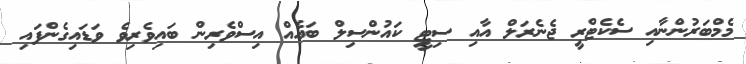
މެމްބަރުންނާއި ސެކެޓްރީ ޖެނެރަލް އާއި ސިޓީ ކައުންސިލް ބައެއް އިސްވެރިން ބައިވެރިވެ ވަޑައިގެންފައި